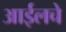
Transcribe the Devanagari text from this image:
आईलचे